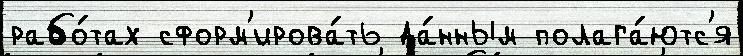
рабо́тах сформ'ирова́ть да́нным полага́ютс'я